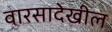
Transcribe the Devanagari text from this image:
वारसादेखील